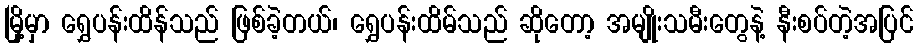
မြို့မှာ ရွှေပန်းထိန်သည် ဖြစ်ခဲ့တယ်၊ ရွှေပန်းထိမ်သည် ဆိုတော့ အမျိုးသမီးတွေနဲ့ နီးစပ်တဲ့အပြင်